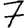
Digit: 7